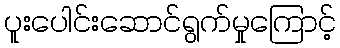
ပူးပေါင်းဆောင်ရွက်မှုကြောင့်